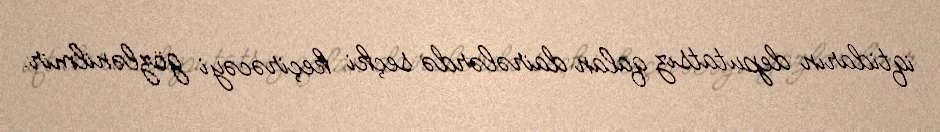
iqtidarın deputatsız qalan dairələrdə seçki keçirəcəyi gözlənilmir.